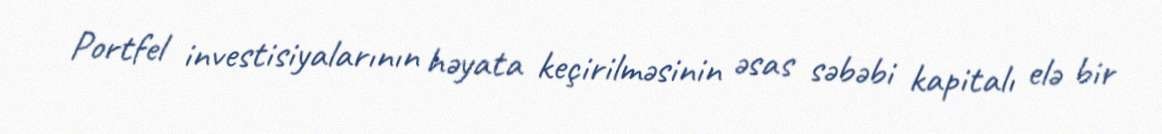
Portfel investisiyalarının həyata keçirilməsinin əsas səbəbi kapitalı elə bir